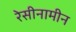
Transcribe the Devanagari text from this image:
रेसीनामीन